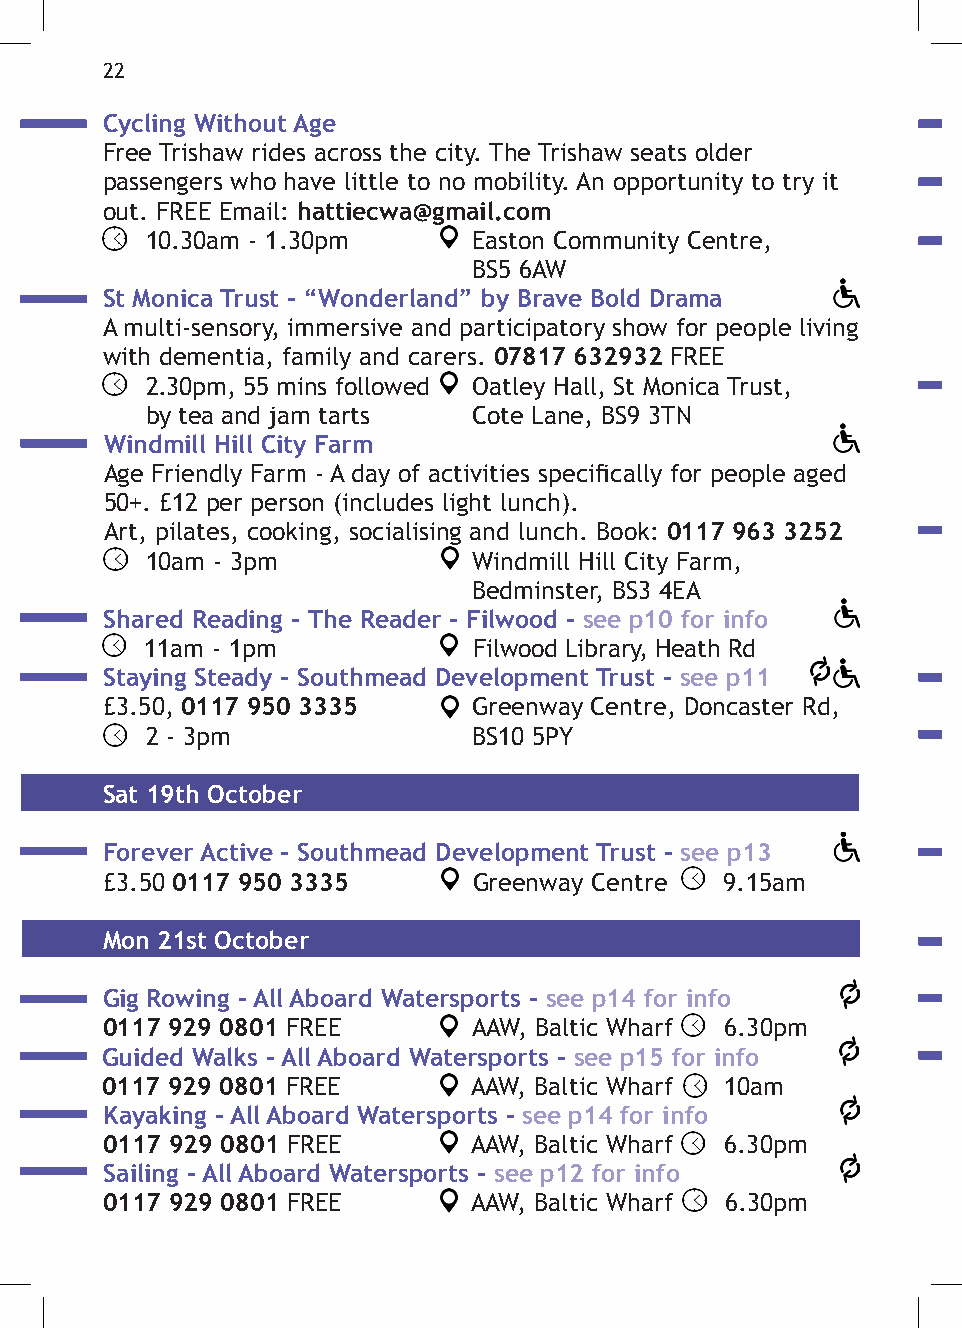
22
 Cycling Without Age
 Free Trishaw rides across the city. The Trishaw seats older
 passengers who have little to no mobility. An opportunity to try it
 out. FREE Email: hattiecwa@gmail.com
 10.30am - 1.30pm     Easton Community Centre,
 BS5 6AW
 St Monica Trust - “Wonderland” by Brave Bold Drama
 A multi-sensory, immersive and participatory show for people living
 with dementia, family and carers. 07817 632932 FREE
 2.30pm, 55 mins followed Oatley Hall, St Monica Trust,
 by tea and jam tarts Cote Lane, BS9 3TN
 Windmill Hill City Farm
 Age Friendly Farm - A day of activities specifically for people aged
 50+. £12 per person (includes light lunch).
 Art, pilates, cooking, socialising and lunch. Book: 0117 963 3252
 10am - 3pm           Windmill Hill City Farm,
 Bedminster, BS3 4EA
 Shared Reading - The Reader - Filwood - see p10 for info
 11am - 1pm           Filwood Library, Heath Rd
 Staying Steady - Southmead Development Trust - see p11
 £3.50, 0117 950 3335    Greenway Centre, Doncaster Rd,
 2 - 3pm              BS10 5PY
 Sat 19th October
 Forever Active - Southmead Development Trust - see p13
 £3.50 0117 950 3335     Greenway Centre  9.15am
 Mon 21st October
 Gig Rowing - All Aboard Watersports - see p14 for info
 0117 929 0801 FREE      AAW, Baltic Wharf 6.30pm
 Guided Walks - All Aboard Watersports - see p15 for info
 0117 929 0801 FREE      AAW, Baltic Wharf 10am
 Kayaking - All Aboard Watersports - see p14 for info
 0117 929 0801 FREE      AAW, Baltic Wharf 6.30pm
 Sailing - All Aboard Watersports - see p12 for info
 0117 929 0801 FREE      AAW, Baltic Wharf 6.30pm